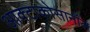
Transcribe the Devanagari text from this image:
आक्टाकोसानॉल